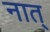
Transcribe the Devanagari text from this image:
नात्